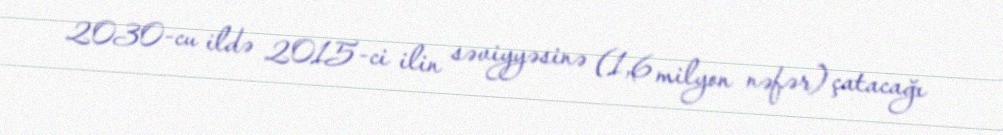
2030-cu ildə 2015-ci ilin səviyyəsinə (1,6 milyon nəfər) çatacağı